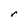
Character: r